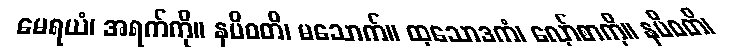
မေရယံ၊ အရက်ကို။ နပိဝတိ၊ မသောက်။ ထုသောဒကံ၊ လှော်စာကို။ နပိဝတိ၊